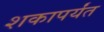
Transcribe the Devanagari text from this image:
शकापर्यंत